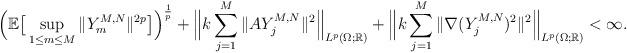
LaTeX: \begin{align*}\Big(\mathbb{E}\big[\sup_{ 1\leq m\leq M }\|Y_m^{M,N}\|^{2p}\big]\Big)^{\frac1p}+\Big\|k\sum_{j=1}^M\|AY_j^{M,N}\|^2\Big\|_{L^p(\Omega;\mathbb{R})}+\Big\|k\sum_{j=1}^M\|\nabla( Y_j^{M,N})^2\|^2\Big\|_{L^p(\Omega;\mathbb{R})}<\infty.\end{align*}